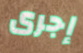
إجرى